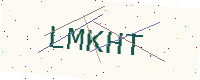
Text: LMKHT